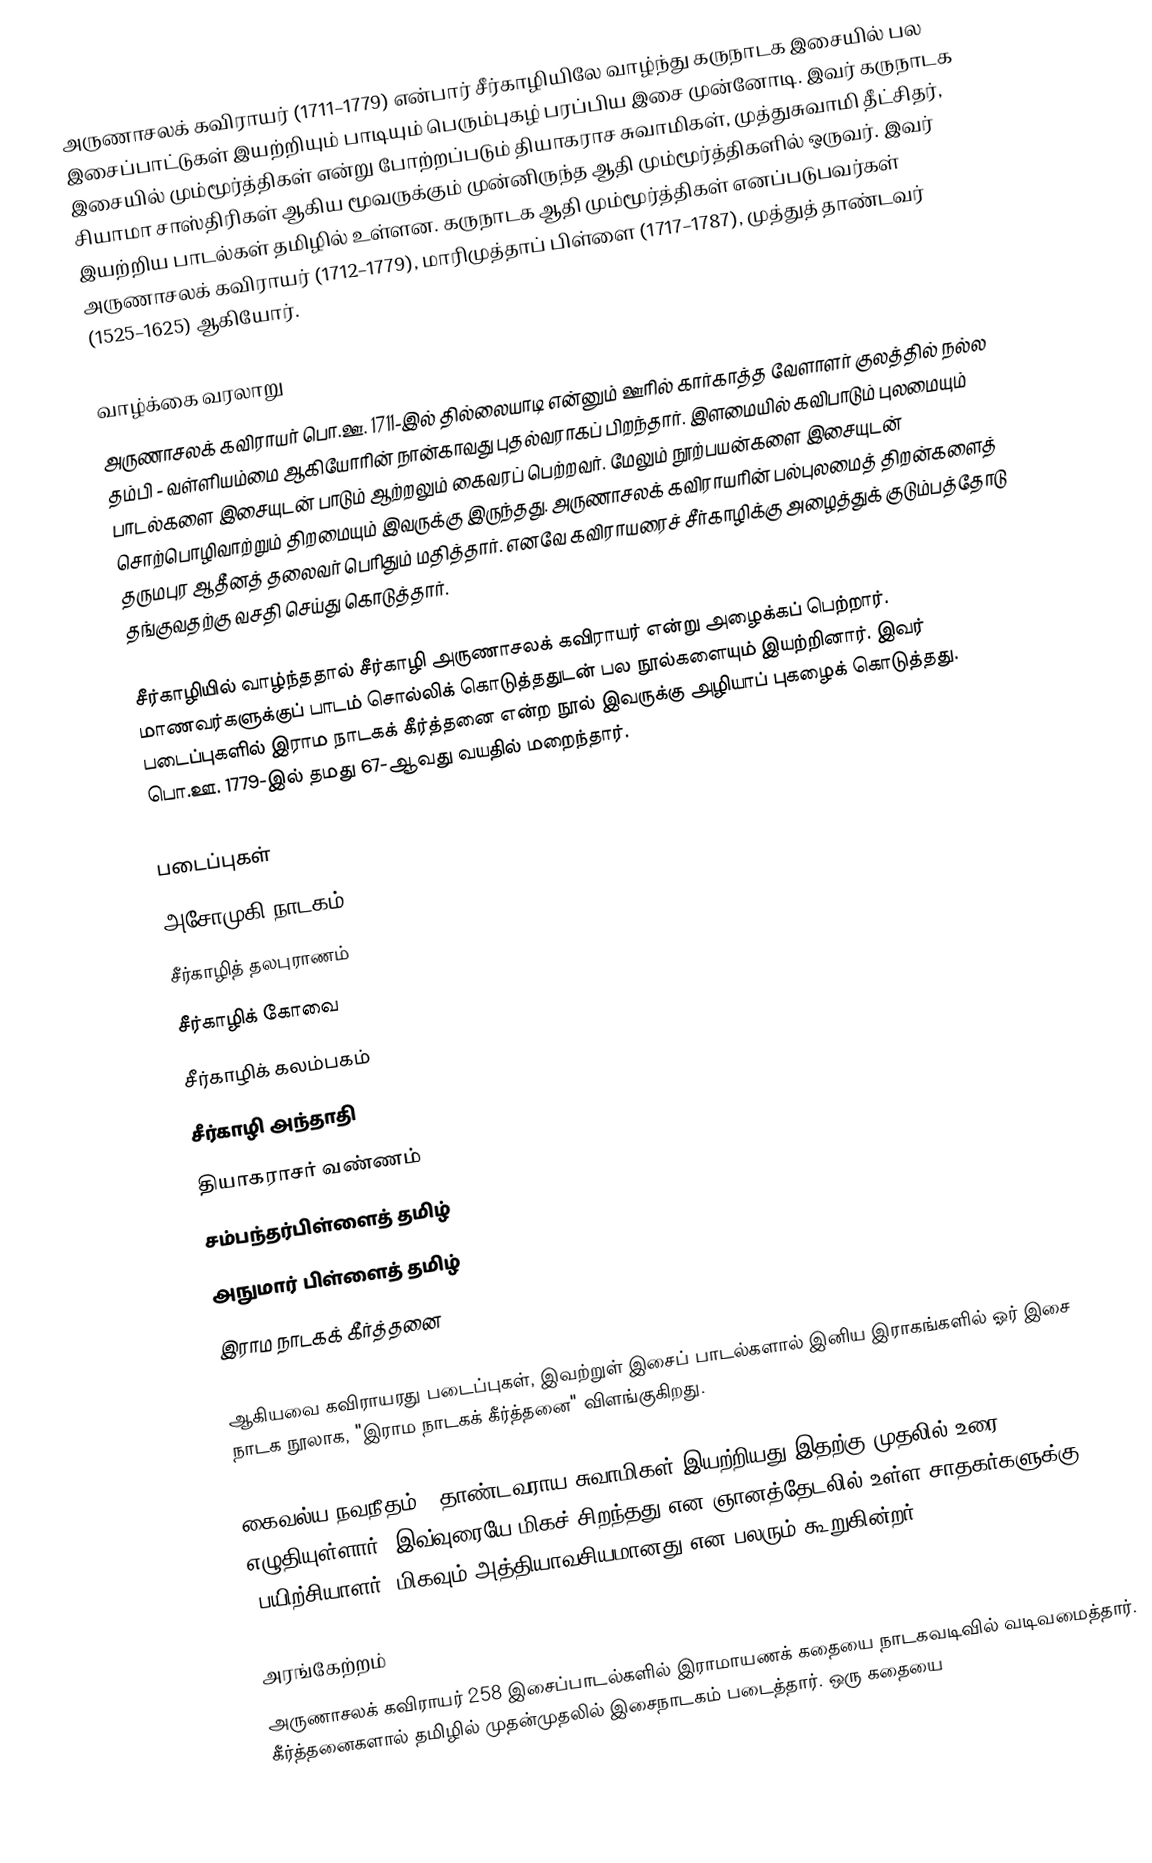
அருணாசலக் கவிராயர் (1711–1779) என்பார் சீர்காழியிலே வாழ்ந்து கருநாடக இசையில் பல இசைப்பாட்டுகள் இயற்றியும் பாடியும் பெரும்புகழ் பரப்பிய இசை முன்னோடி. இவர் கருநாடக இசையில் மும்மூர்த்திகள் என்று போற்றப்படும் தியாகராச சுவாமிகள், முத்துசுவாமி தீட்சிதர், சியாமா சாஸ்திரிகள் ஆகிய மூவருக்கும் முன்னிருந்த ஆதி மும்மூர்த்திகளில் ஒருவர். இவர் இயற்றிய பாடல்கள் தமிழில் உள்ளன. கருநாடக ஆதி மும்மூர்த்திகள் எனப்படுபவர்கள் அருணாசலக் கவிராயர் (1712–1779), மாரிமுத்தாப் பிள்ளை (1717–1787), முத்துத் தாண்டவர் (1525–1625) ஆகியோர்.

வாழ்க்கை வரலாறு
அருணாசலக் கவிராயர் பொ.ஊ. 1711-இல் தில்லையாடி என்னும் ஊரில் கார்காத்த வேளாளர் குலத்தில் நல்ல தம்பி - வள்ளியம்மை ஆகியோரின் நான்காவது புதல்வராகப் பிறந்தார். இளமையில் கவிபாடும் புலமையும் பாடல்களை இசையுடன் பாடும் ஆற்றலும் கைவரப் பெற்றவர். மேலும் நூற்பயன்களை இசையுடன் சொற்பொழிவாற்றும் திறமையும் இவருக்கு இருந்தது. அருணாசலக் கவிராயரின் பல்புலமைத் திறன்களைத் தருமபுர ஆதீனத் தலைவர் பெரிதும் மதித்தார். எனவே கவிராயரைச் சீர்காழிக்கு அழைத்துக் குடும்பத்தோடு  தங்குவதற்கு வசதி செய்து கொடுத்தார்.

சீர்காழியில் வாழ்ந்ததால் சீர்காழி அருணாசலக் கவிராயர் என்று அழைக்கப் பெற்றார். மாணவர்களுக்குப் பாடம் சொல்லிக் கொடுத்ததுடன் பல நூல்களையும் இயற்றினார். இவர் படைப்புகளில்  இராம நாடகக் கீர்த்தனை என்ற நூல் இவருக்கு அழியாப் புகழைக் கொடுத்தது. பொ.ஊ. 1779-இல் தமது 67-ஆவது வயதில் மறைந்தார்.

படைப்புகள்
 அசோமுகி நாடகம்
 சீர்காழித் தலபுராணம்
 சீர்காழிக் கோவை
 சீர்காழிக் கலம்பகம்
 சீர்காழி அந்தாதி
 தியாகராசர் வண்ணம்
 சம்பந்தர்பிள்ளைத் தமிழ்
 அநுமார் பிள்ளைத் தமிழ்
 இராம நாடகக் கீர்த்தனை

ஆகியவை கவிராயரது படைப்புகள், இவற்றுள் இசைப் பாடல்களால் இனிய இராகங்களில் ஓர் இசை நாடக நூலாக, "இராம நாடகக் கீர்த்தனை" விளங்குகிறது.

 கைவல்ய நவநீதம் - தாண்டவராய சுவாமிகள் இயற்றியது இதற்கு முதலில் உரை எழுதியுள்ளார். இவ்வுரையே மிகச் சிறந்தது என ஞானத்தேடலில் உள்ள சாதகர்களுக்கு (பயிற்சியாளர்) மிகவும் அத்தியாவசியமானது என பலரும் கூறுகின்றர்.

அரங்கேற்றம்
அருணாசலக் கவிராயர் 258 இசைப்பாடல்களில் இராமாயணக் கதையை நாடகவடிவில் வடிவமைத்தார். கீர்த்தனைகளால் தமிழில் முதன்முதலில் இசைநாடகம் படைத்தார். ஒரு கதையை